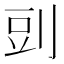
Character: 剅